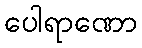
ပေါရာဏော